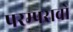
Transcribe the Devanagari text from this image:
परम्परावो